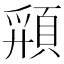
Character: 𩓚